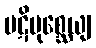
ပဋိပုစ္ဆေယျ